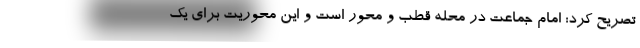
تصریح کرد: امام جماعت در محله قطب و محور است و این محوریت برای یک